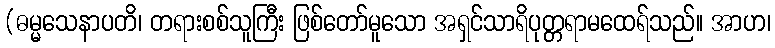
(ဓမ္မသေနာပတိ၊ တရားစစ်သူကြီး ဖြစ်တော်မူသော အရှင်သာရိပုတ္တရာမထေရ်သည်။ အာဟ၊